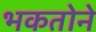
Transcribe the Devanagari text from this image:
भकतोने